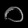
Digit: ၀